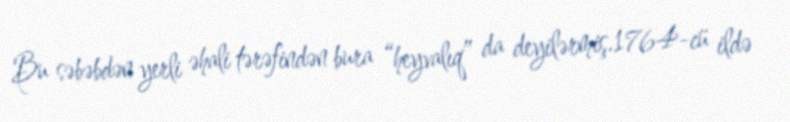
Bu səbəbdən yerli əhali tərəfindən bura “heyvalıq” da deyilərmiş.1764-cü ildə